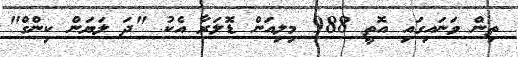
ތިން ވަނައިގައި އޮތީ 988 މިލިއަން ޑޮލަރާ އެކު "ދަ ލަޔަން ކިންގް"